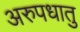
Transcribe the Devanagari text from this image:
अरुपधातु